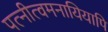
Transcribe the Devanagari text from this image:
पत्नीत्वमनायियापि